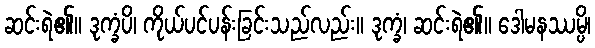
ဆင်းရဲ၏။ ဒုက္ခံပိ၊ ကိုယ်ပင်ပန်းခြင်းသည်လည်း။ ဒုက္ခံ၊ ဆင်းရဲ၏။ ဒေါမနဿမ္ပိ၊